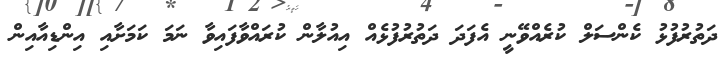
ދަތުރުފުޅު ކެންސަލް ކުރެއްވޭނީ އެފަދަ ދަތުރުފުޅެއް އިއުލާން ކުރައްވާފައިވާ ނަމަ ކަމަށާއި އިންޑިއާއިން